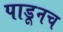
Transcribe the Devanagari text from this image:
पाडूनच